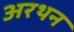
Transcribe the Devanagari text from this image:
अरथन